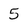
Character: 5